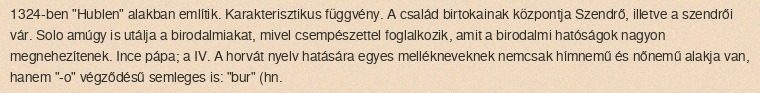
1324-ben "Hublen" alakban említik. Karakterisztikus függvény. A család birtokainak központja Szendrő, illetve a szendrői vár. Solo amúgy is utálja a birodalmiakat, mivel csempészettel foglalkozik, amit a birodalmi hatóságok nagyon megnehezítenek. Ince pápa; a IV. A horvát nyelv hatására egyes mellékneveknek nemcsak hímnemű és nőnemű alakja van, hanem "-o" végződésű semleges is: "bur" (hn.